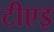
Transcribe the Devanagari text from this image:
टीएइ